Document type: Sale
Year: 1275
Scribe: Salvador de Baiona
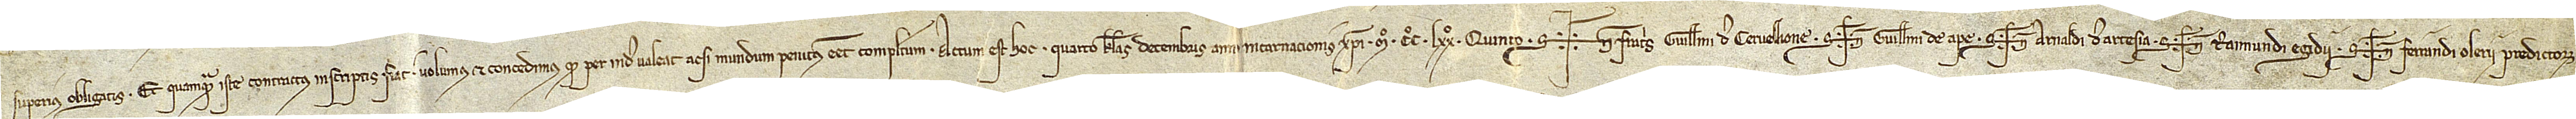
superius obligatis. Et quamquam iste contractus in scriptis fiat, volumus et concedimus quod per inde valeat ac si mundum penitus esset completum. Actum est hoc quarto kalendas decembris, anno Incarnationis Christi Mº CCº LXXº quinto. Sig+num fratris Guillelmi de Cervellione, Sig+num Guillelmi de Ape, Sig+num Arnaldi de Artesia, Sig+num Raimundi Egidii, Sig+num Ferrandi Olerii, predictorum